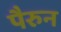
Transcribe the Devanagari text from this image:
पैरुन